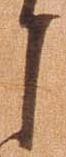
之